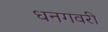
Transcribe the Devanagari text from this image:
धनगवरी